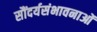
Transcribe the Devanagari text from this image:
सौंदर्यसंभावनाओं